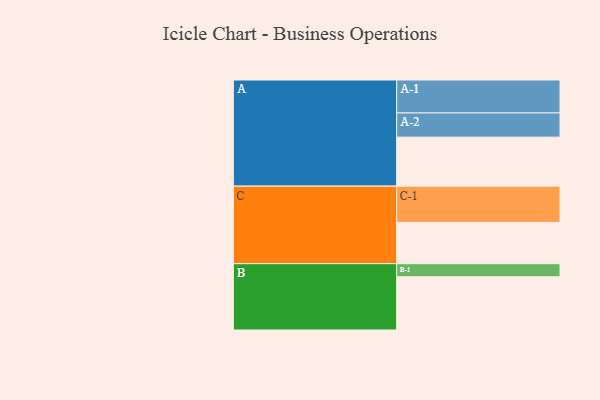
{"axis": {"x": "Segment", "y": "Value"}, "legend": ["", "A", "B", "C"], "data": [{"x": "A", "y": 379, "type": ""}, {"x": "B", "y": 412, "type": ""}, {"x": "C", "y": 319, "type": ""}, {"x": "A-1", "y": 255, "type": "A"}, {"x": "A-2", "y": 187, "type": "A"}, {"x": "B-1", "y": 101, "type": "B"}, {"x": "C-1", "y": 281, "type": "C"}]}